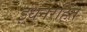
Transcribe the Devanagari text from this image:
इंधनरहित